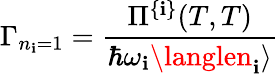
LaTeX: \Gamma_{n_{\mathbf{i}}=1}={\frac{{\Pi^{\{ \mathbf{i}\} }(T,T)}}{{\hbar\omega_{\mathbf{i}}\langlen_{\mathbf{i}}\rangle}}}